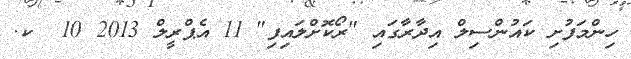
ހިންމަފުށި ކައުންސިލް އިދާރާގައި "ރޯކޮށްލައިފި" 11 އެޕްރީލް 2013 10  ކ.